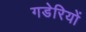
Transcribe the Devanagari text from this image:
गडेरियों